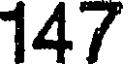
147